Indian journal of veterinary science and animal husbandry - Volumes 18-21, 1948-1951
Year: 1948
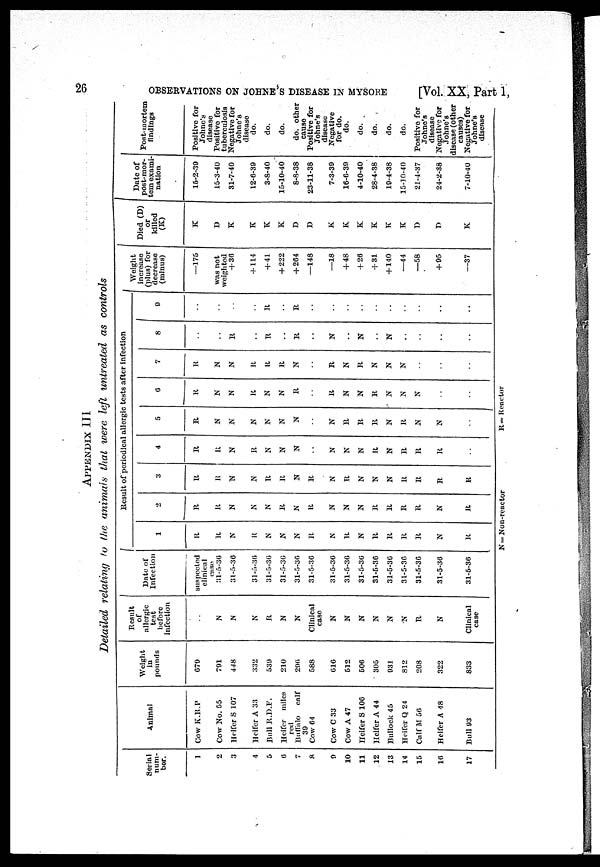
26
OBSERVATIONS ON JOHNE'S DISEASE IN MYSORE
[Vol. XX, Part 1,
APPENDIX III
Detailed relating to the animals that were left untreated as controls
Serial
num-
ber.
1
2
3
4
5
6
7
8
9
10
11
12
13
14
15
16
17
Animal
Cow K.R.P
Cow No. 55
Heifer S 107
Heifer A 33
Bull R.D.F.
Heifer miles
Buffalo
calf
39
Cow 64
Cow C 33
Cow A 47
Heifer S 106
Heifer A 44
Bullock 45
Heifer Q 24
Calf M 56
Heifer A 48
Bull 93
Weight
in
pounds
679
791
448
332
539
210
296
588
616
512
506
305
931
812
208
322
833
Result
of
allergic
test
before
infection
..
N
N
N
R
N
N
Clinical
case
N
N
N
N
N
N
R
N
Clinical
case
Date of
Infection
suspected
clinical
case
31-5-36
31-5-36
31-5-36
31-5-36
31-5-36
31-5-36
31-5-36
31-5-36
31-5-36
31-5-36
31-5-36
31-5-36
31-5-36
31-5-36
31-5-36
31-5-36
Result of periodical allergic tests after infection
1
R
R
N
R
N
N
N
R
N
R
N
R
R
R
R
N
R
2
R
R
N
N
N
R
N
R
N
N
N
R
R
R
R
N
R
3
R
R
N
N
R
R
N
R
N
R
N
N
N
R
R
R
R
4
R
R
N
R
N
N
N
..
N
N
N
R
N
R
R
R
..
5
R
N
N
N
N
N
N
..
N
R
R
R
N
R
N
N
..
6
R
N
N
R
N
N
R
..
R
N
N
R
N
N
N
..
..
7
R
N
N
R
R
R
N
..
R
N
R
N
N
N
..
..
..
8
..
..
R
..
R
..
R
..
N
..
N
..
N
..
..
..
..
9
..
..
..
..
R
..
R
..
..
..
..
..
..
..
..
..
..
Weight
increase
(plus) for
decrease
(minus)
—175
was not
weighted
+ 30
+114
+41
+222
+264
—148
—18
+48
+26
+31
+140
—44
—58
+95
—37
Died (D)
or
killed
(K)
K
D
K
K
K
K
D
D
K
K
K
K
K
K
D
D
K
Date of
post-mor-
tem exami-
nation
15-2-39
15-3-40
31-7-40
12-6-39
3-8-40
15-10-40
8-8-38
23-11-38
7-3-39
16-6-39
4-10-40
28-4-38
19-4-38
15-10-40
21-4-37
24-2-38
7-10-40
Post-mortem
findings
Positive for
Johne's
disease
Positive for
tuberculosis
Negative for
Johne's
disease do.
do.
do.
do. other
cause
Positive for
Johne's
disease
Negative
for do.
do.
do.
do.
do.
do.
Positive for
Johne's
disease
Negative for
Johne's
disease (other
causes)
Negative for
Johne's
disease
N = Non-reactor
R=
Reactor